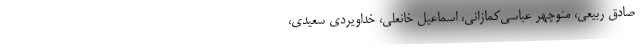
صادق ربيعي، منوچهر عباسي‌کمازاني، اسماعيل خانعلي، خداويردي سعيدي،